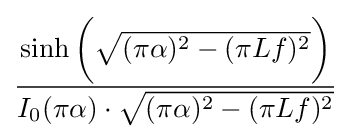
{\frac {\sinh {\bigg (}{\sqrt {(\pi \alpha )^{2}-(\pi Lf)^{2}}}{\bigg )}}{I_{0}(\pi \alpha )\cdot {\sqrt {(\pi \alpha )^{2}-(\pi Lf)^{2}}}}}